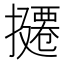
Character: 𪮸